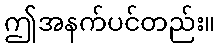
ဤအနက်ပင်တည်း။